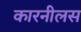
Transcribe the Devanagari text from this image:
कारनीलस